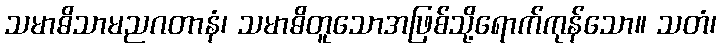
သမာဓိသာမညဂတာနံ၊ သမာဓိတူသောအဖြစ်သို့ရောက်ကုန်သော။ သတံ၊